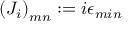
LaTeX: \left( J _ { i } \right) _ { m n } : = i \epsilon _ { m i n }